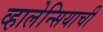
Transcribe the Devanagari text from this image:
व्हालेन्सियाची